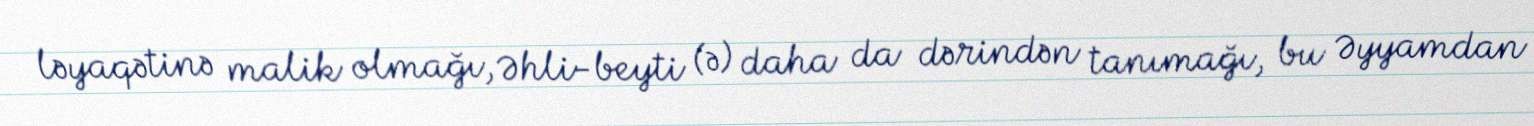
ləyaqətinə malik olmağı, Əhli-beyti (ə) daha da dərindən tanımağı, bu Əyyamdan